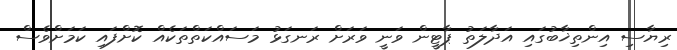
ރިޔާސި އިންތިޚާބުގައި އަދާލަތު ޕާޓީން ވަނީ ވަރަށް ރަނގަޅު މަސައްކަތްތަކެއް ކޮށްފައި ކަމަށްވެސް